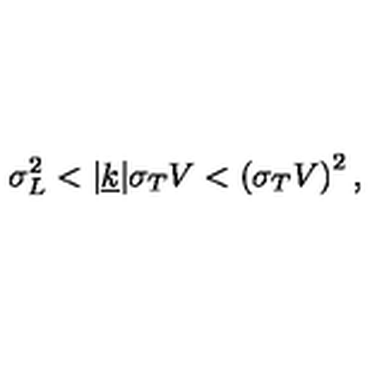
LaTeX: \sigma _ { L } ^ { 2 } < | \underline { { k } } | \sigma _ { T } V < \left( \sigma _ { T } V \right) ^ { 2 } ,